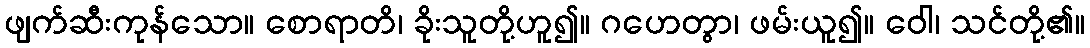
ဖျက်ဆီးကုန်သော။ စောရာတိ၊ ခိုးသူတို့ဟူ၍။ ဂဟေတွာ၊ ဖမ်းယူ၍။ ဝေါ၊ သင်တို့၏။